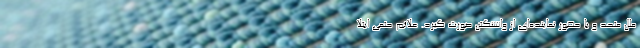
ملل متحد و با حضور نماینده‌ای از واشنگتن صورت گیرد. علائم حتمی ابتلا